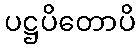
ပဋ္ဌပိတောပိ